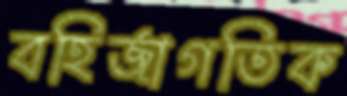
বহির্জাগতিক